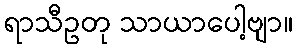
ရာသီဥတု သာယာပေါ့ဗျာ။